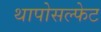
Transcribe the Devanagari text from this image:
थापोसल्फेट